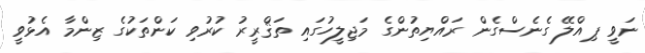
ނަވީ ޕިއްލޭ ގެނެސްގެން ރައްޔިތުންގެ މަޖިލީހުގައި ތަޤްރީރު ކުރުވި ކަންތަކުގެ ޒިންމާ އެޅުވީ